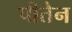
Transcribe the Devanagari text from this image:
पीतेन